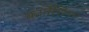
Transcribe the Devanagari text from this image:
कार्पेशियन